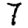
Digit: 7